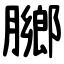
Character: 膷